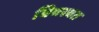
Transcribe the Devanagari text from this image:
विवस्वत